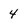
Character: 4